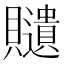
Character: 𧸽